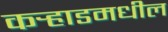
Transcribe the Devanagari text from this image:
कर्‍हाडमधील